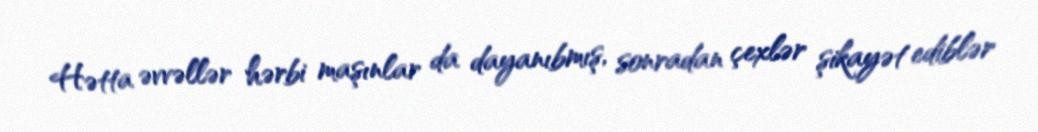
Hətta əvvəllər hərbi maşınlar da dayanıbmış, sonradan çexlər şikayət ediblər